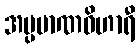
အပ္ပမာဏဝိဟာရီ